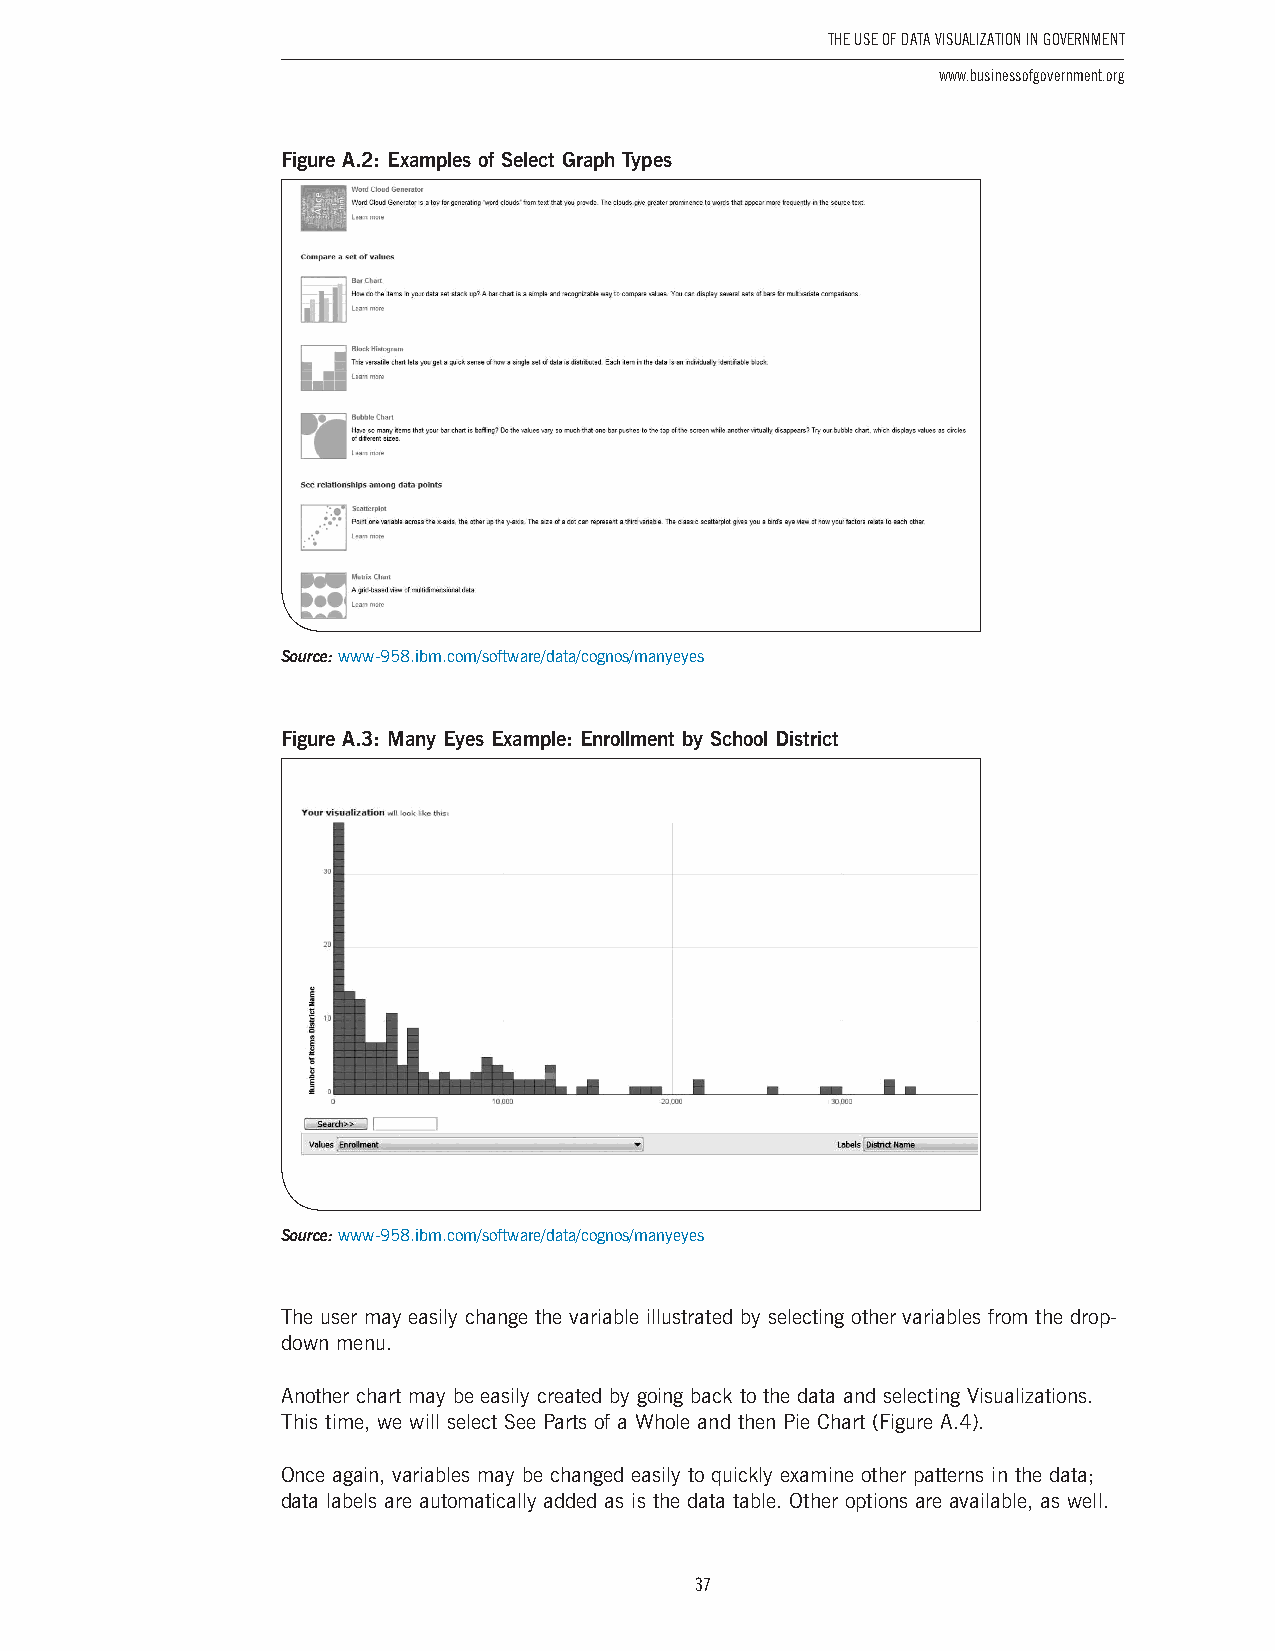
The USe of DaTa ViSUalizaTion in GoVernmenT
 www.businessofgovernment.org
 Figure A.2: Examples of Select Graph Types
 Source: www-958 .ibm .com/software/data/cognos/manyeyes
 Figure A.3: Many Eyes Example: Enrollment by School District
 Source: www-958 .ibm .com/software/data/cognos/manyeyes
 The user may easily change the variable illustrated by selecting other variables from the drop-
 down menu .
 Another chart may be easily created by going back to the data and selecting Visualizations .
 This time, we will select See Parts of a Whole and then Pie Chart (Figure A .4) .
 Once again, variables may be changed easily to quickly examine other patterns in the data;
 data labels are automatically added as is the data table . Other options are available, as well .
 37